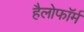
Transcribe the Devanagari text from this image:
हैलोफॉर्म